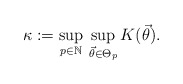
\begin{align*}\kappa:=\sup_{p\in\mathbb{N}}\, \sup_{\vec{\theta}\in\Theta_{p}} K(\vec{\theta}).\end{align*}